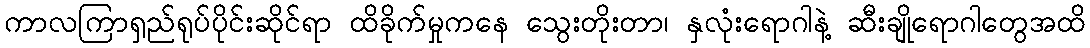
ကာလကြာရှည်ရုပ်ပိုင်းဆိုင်ရာ ထိခိုက်မှုကနေ သွေးတိုးတာ၊ နှလုံးရောဂါနဲ့ ဆီးချိုရောဂါတွေအထိ